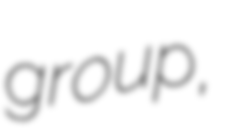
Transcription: group,